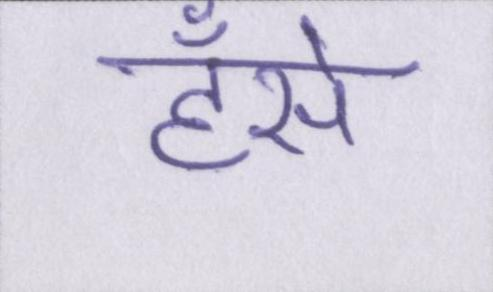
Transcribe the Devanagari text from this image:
हँसे